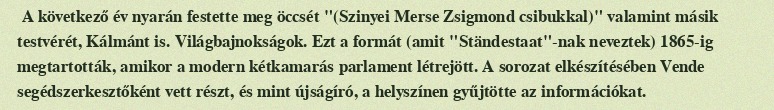
A következő év nyarán festette meg öccsét "(Szinyei Merse Zsigmond csibukkal)" valamint másik testvérét, Kálmánt is. Világbajnokságok. Ezt a formát (amit "Ständestaat"-nak neveztek) 1865-ig megtartották, amikor a modern kétkamarás parlament létrejött. A sorozat elkészítésében Vende segédszerkesztőként vett részt, és mint újságíró, a helyszínen gyűjtötte az információkat.